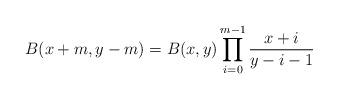
LaTeX: \begin{align*} B(x+m,y-m)=B(x,y)\prod_{i=0}^{m-1}\frac{x+i}{y-i-1}\end{align*}